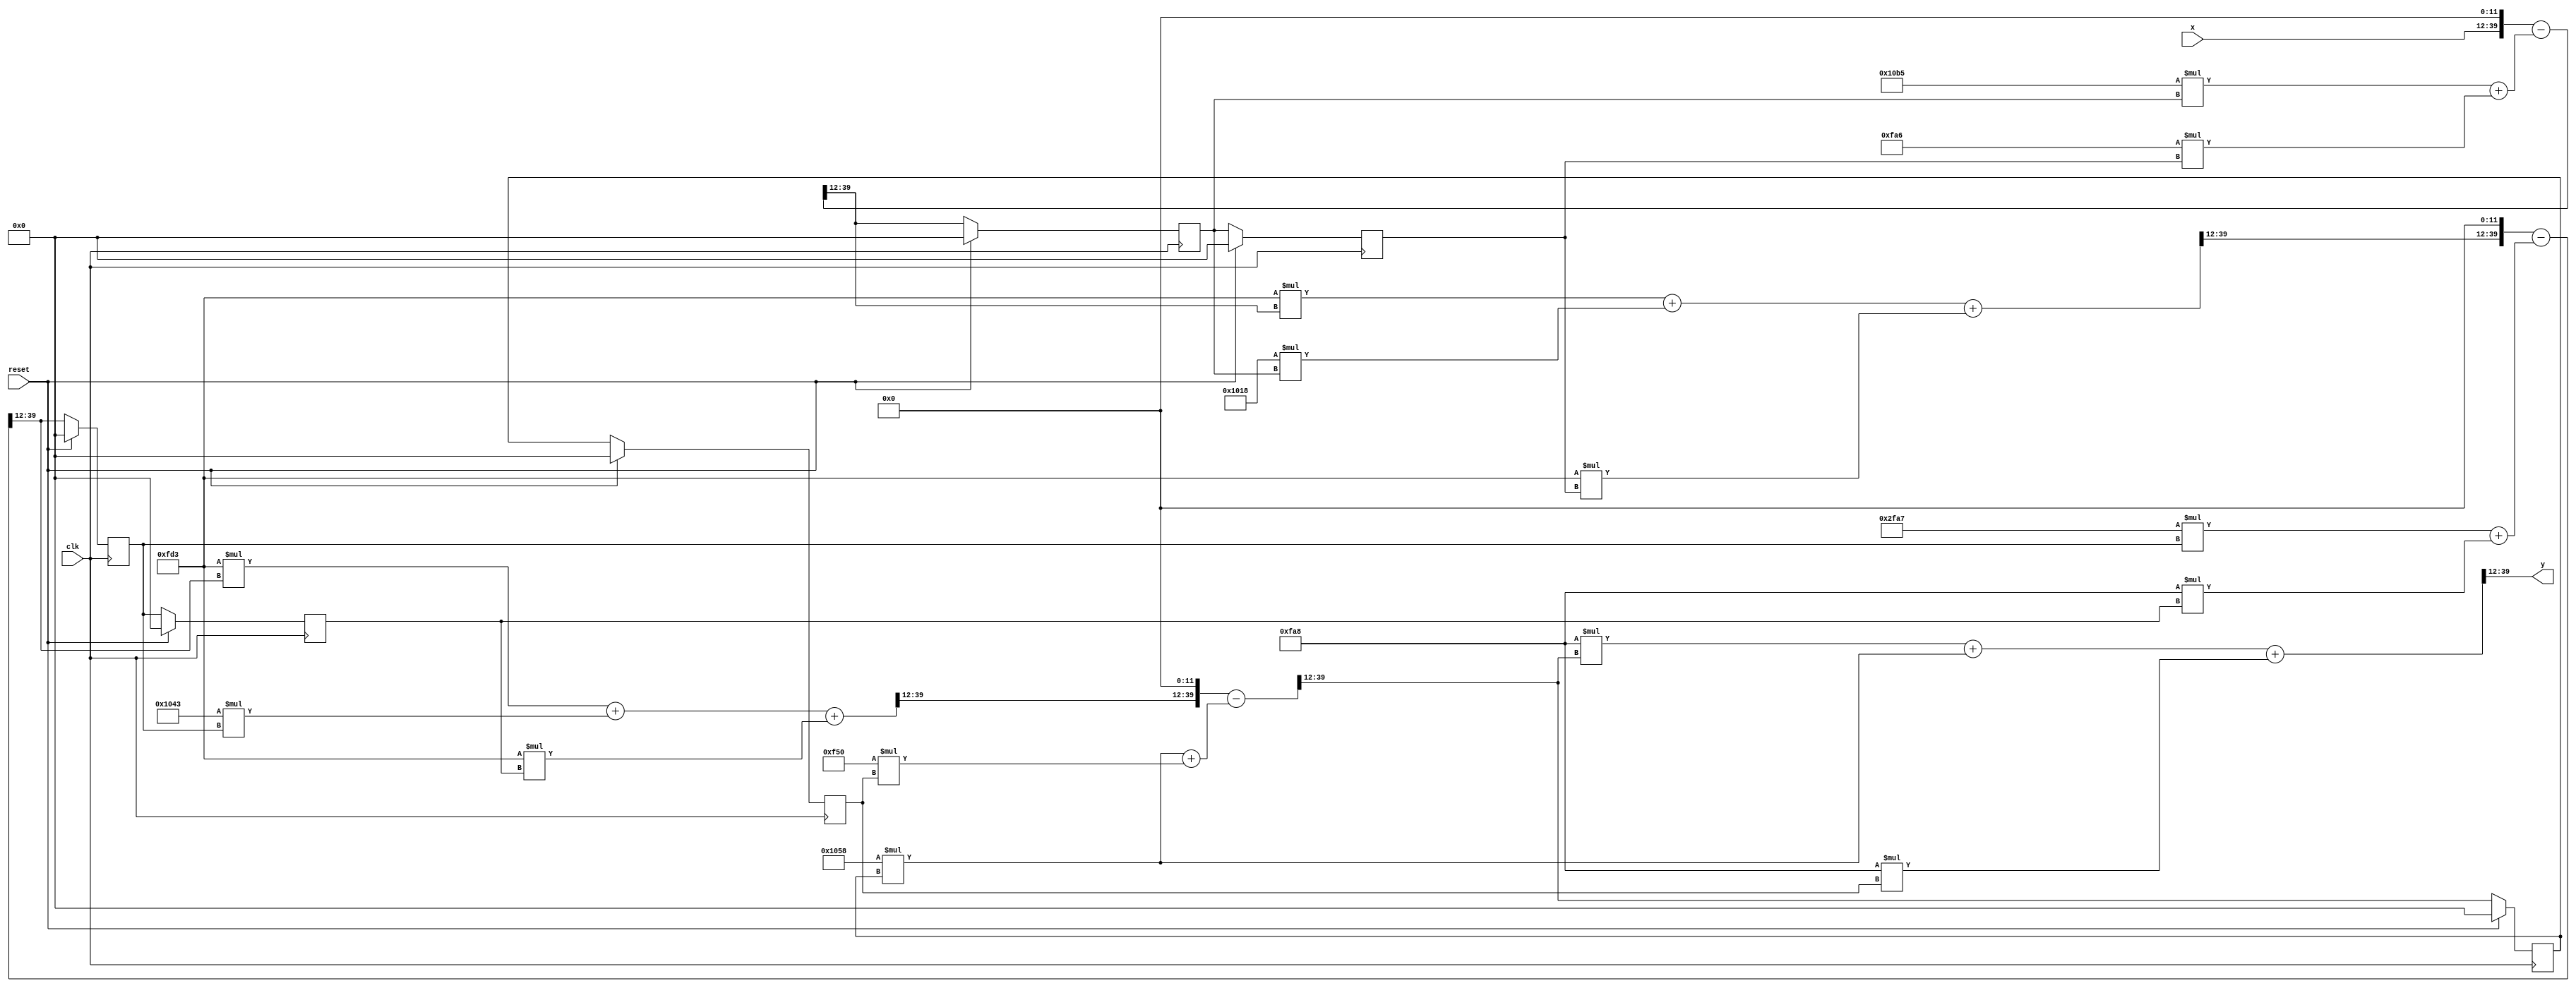
`timescale 1ns / 1ps
//////////////////////////////////////////////////////////////////////////////////
// IIR Chebyshev bandstop filter
// Structure: IIR Cascaded Second-Order Sections Direct Form II
// Total order: 6
// Cut-off freq.: 60 Hz
// Sampling freq.: 360 Hz
//
//////////////////////////////////////////////////////////////////////////////////

module chebyshev_bs_iir 
#(parameter WL=28) //int:16 fraction:12
(   input clk, 
    input reset, 
    input signed [WL-1:0] x, 
    output signed [WL-1:0] y
    );


// filter coefficients
wire signed [WL-1:0] a1_n1, a2_n1, a1_n2, a2_n2, a1_n3, a2_n3,
                     b0_n1, b1_n1, b2_n1, b0_n2, b1_n2, b2_n2, b0_n3, b1_n3, b2_n3;

// filter variables
wire signed [2*WL:0] a_n1_out, a_n2_out, a_n3_out;
wire signed [2*WL:0] b_n1_out, b_n2_out, b_n3_out;
wire signed [2*WL-1:0] a1_n1_out, a2_n1_out, a1_n2_out, a2_n2_out, a1_n3_out, a2_n3_out;
wire signed [2*WL-1:0] b0_n1_out, b1_n1_out, b2_n1_out, b0_n2_out, b1_n2_out, b2_n2_out, b0_n3_out, b1_n3_out, b2_n3_out;

// filter regs
reg signed [WL-1:0] f1_n1, f2_n1, f1_n2, f2_n2, f1_n3, f2_n3; 

// filter regs inputs
wire signed [WL-1:0] f1_n1_input, f1_n2_input, f1_n3_input;

// temporary filter input/output
wire signed [WL-1:0] y_temp1, y_temp2;

// scaling input/output bits
wire signed [2*WL:0] x_scale, y_temp1_scale, y_temp2_scale;


// filter coefficients values
assign a1_n1 = -28'd3915;
assign a2_n1 = 28'd4006;
assign a1_n2 = -28'd4185;
assign a2_n2 = 28'd4008;
assign a1_n3 = -28'd4008;
assign a2_n3 = 28'd3920;


assign b0_n1 = 28'd4051;
assign b1_n1 = -28'd4072;
assign b2_n1 = 28'd4051;
assign b0_n2 = 28'd4051;
assign b1_n2 = -28'd4029;
assign b2_n2 = 28'd4051;
assign b0_n3 = 28'd4008;
assign b1_n3 = -28'd4008;
assign b2_n3 = 28'd4008;

// update filter variables
assign b0_n1_out = b0_n1*f1_n1_input;
assign b1_n1_out = b1_n1*f1_n1;
assign b2_n1_out = b2_n1*f2_n1;
assign b0_n2_out = b0_n2*f1_n2_input;
assign b1_n2_out = b1_n2*f1_n2;
assign b2_n2_out = b2_n2*f2_n2;
assign b0_n3_out = b0_n3*f1_n3_input;
assign b1_n3_out = b1_n3*f1_n3;
assign b2_n3_out = b2_n3*f2_n3;


assign a1_n1_out = a1_n1*f1_n1;
assign a2_n1_out = a2_n1*f2_n1;
assign a1_n2_out = a1_n2*f1_n2;
assign a2_n2_out = a2_n2*f2_n2;
assign a1_n3_out = a1_n3*f1_n3;
assign a2_n3_out = a2_n3*f2_n3;


// add/scale/truncate operations
assign a_n1_out = a1_n1_out + a2_n1_out;
assign x_scale = {{29{x[27]}},x} << 12;
assign f1_n1_input = (x_scale - a_n1_out) >>> 12;
assign b_n1_out = b0_n1_out + b1_n1_out + b2_n1_out;
assign y_temp1 = b_n1_out >>> 12;

assign a_n2_out = a1_n2_out + a2_n2_out;
assign y_temp1_scale = {{29{y_temp1[27]}},y_temp1} << 12;
assign f1_n2_input = (y_temp1_scale - a_n2_out) >>> 12;
assign b_n2_out = b0_n2_out + b1_n2_out + b2_n2_out;
assign y_temp2 = b_n2_out >>> 12;

assign a_n3_out = a1_n3_out + a2_n3_out;
assign y_temp2_scale = {{29{y_temp2[27]}},y_temp2} << 12;
assign f1_n3_input = (y_temp2_scale - a_n3_out) >>> 12;
assign b_n3_out = b0_n3_out + b1_n3_out + b2_n3_out;
assign y = b_n3_out >>> 12;


// Run the filter state machine at signal sample rate
always @ (negedge clk) 
begin
    if (reset) begin
        f1_n1 <= 0;
        f2_n1 <= 0; 
        f1_n2 <= 0;
        f2_n2 <= 0;
        f1_n3 <= 0;
        f2_n3 <= 0;         
    end
    else begin
        f1_n1 <= f1_n1_input;
        f2_n1 <= f1_n1; 
        f1_n2 <= f1_n2_input;
        f2_n2 <= f1_n2;
        f1_n3 <= f1_n3_input;
        f2_n3 <= f1_n3;          
    end
end 
endmodule